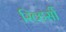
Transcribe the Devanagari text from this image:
रिव्हर्सी